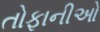
તોફાનીઓ